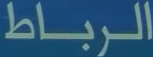
الرباط